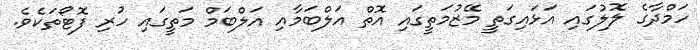
ހަމްދާގެ ލޮލުގައި އަޅައިގަތީ މޭޒުމަތީގައި އޮތް އަލްބަމާއި އަލްބަމް މަތީގައި ހުރި ފޮޓޯތަކެވެ.